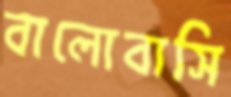
বালোবাসি